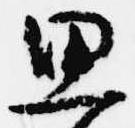
思